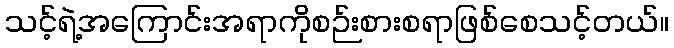
သင့်ရဲ့အကြောင်းအရာကိုစဉ်းစားစရာဖြစ်စေသင့်တယ်။